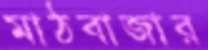
মাঠবাজার